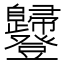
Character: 𧰥